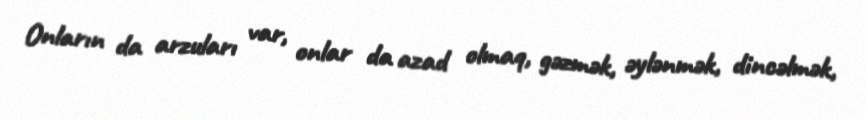
Onların da arzuları var, onlar da azad olmaq, gəzmək, əylənmək, dincəlmək,